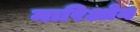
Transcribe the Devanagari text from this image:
मारिओन